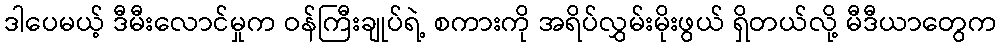
ဒါပေမယ့် ဒီမီးလောင်မှုက ဝန်ကြီးချုပ်ရဲ့ စကားကို အရိပ်လွှမ်းမိုးဖွယ် ရှိတယ်လို့ မီဒီယာတွေက